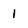
Character: 1